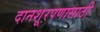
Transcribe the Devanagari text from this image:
दानशूरपणासाठी